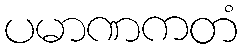
ပမာဏကတံ